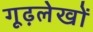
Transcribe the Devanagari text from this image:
गूढ़लेखों